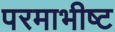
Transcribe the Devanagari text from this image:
परमाभीष्ट